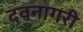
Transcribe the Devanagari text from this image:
दवनागरी